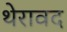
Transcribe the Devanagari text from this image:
थेरावद